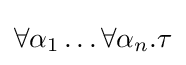
\forall \alpha _{1}\dots \forall \alpha _{n}.\tau